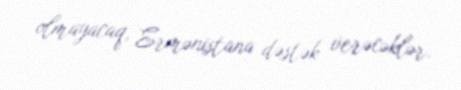
olmayacaq, Ermənistana dəstək verəcəklər.